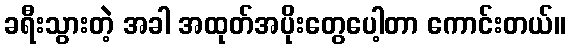
ခရီးသွားတဲ့ အခါ အထုတ်အပိုးတွေပေါ့တာ ကောင်းတယ်။